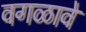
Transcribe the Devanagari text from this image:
वगळावे